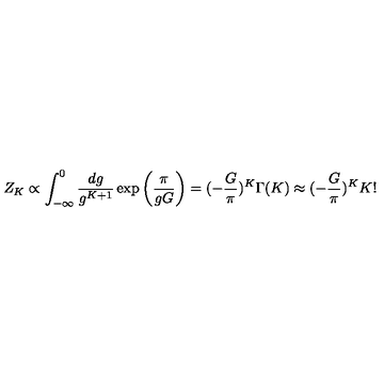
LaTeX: Z _ { K } \propto \int _ { - \infty } ^ { 0 } \frac { d g } { g ^ { K + 1 } } \exp \left( \frac { \pi } { g G } \right) = ( - \frac { G } { \pi } ) ^ { K } \Gamma ( K ) \approx ( - \frac { G } { \pi } ) ^ { K } K !